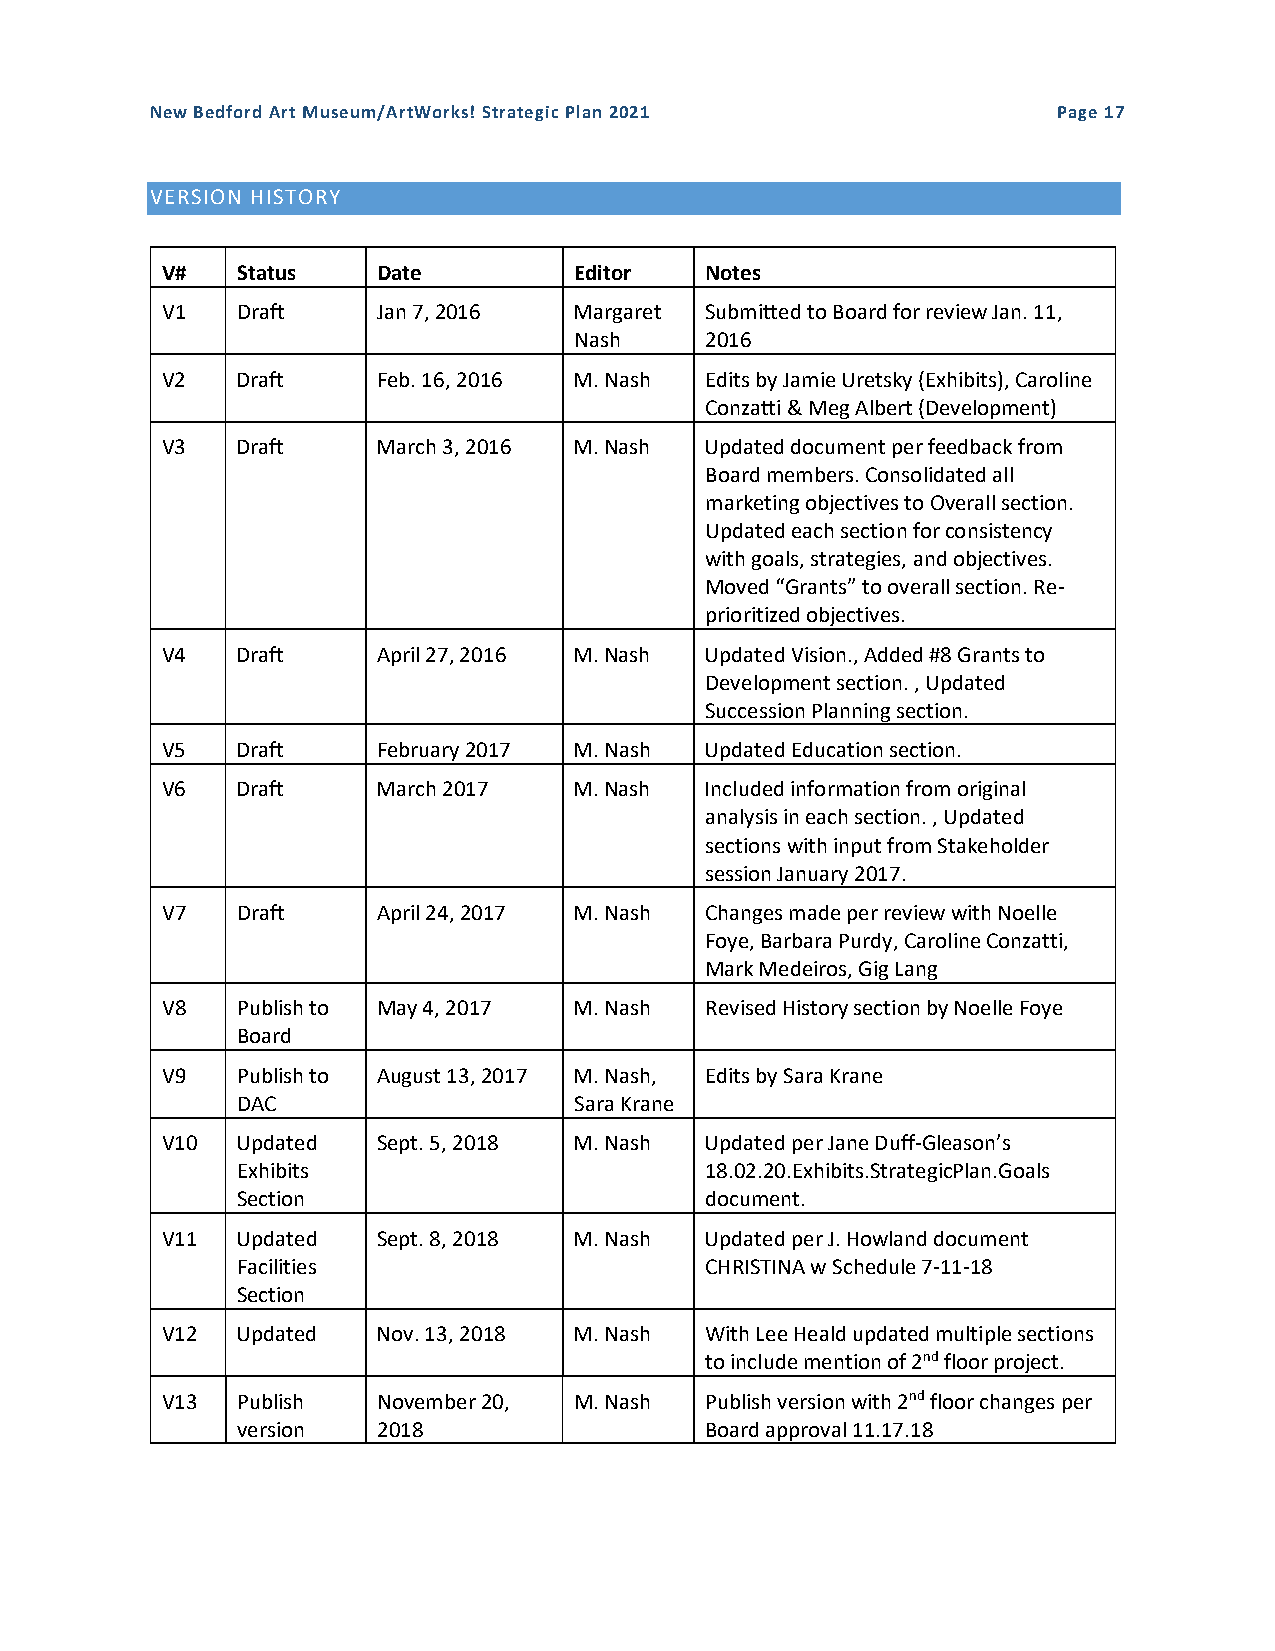
New Bedford Art Museum/ArtWorks! Strategic Plan 2021        Page 17
 VERSION HISTORY
 V#   Status   Date         Editor   Notes
 V1   Draft    Jan 7, 2016  Margaret Submitted to Board for review Jan. 11,
 Nash     2016
 V2   Draft    Feb. 16, 2016 M. Nash Edits by Jamie Uretsky (Exhibits), Caroline
 Conzatti & Meg Albert (Development)
 V3   Draft    March 3, 2016 M. Nash Updated document per feedback from
 Board members. Consolidated all
 marketing objectives to Overall section.
 Updated each section for consistency
 with goals, strategies, and objectives.
 Moved “Grants” to overall section. Re-
 prioritized objectives.
 V4   Draft    April 27, 2016 M. Nash Updated Vision., Added #8 Grants to
 Development section. , Updated
 Succession Planning section.
 V5   Draft    February 2017 M. Nash Updated Education section.
 V6   Draft    March 2017   M. Nash  Included information from original
 analysis in each section. , Updated
 sections with input from Stakeholder
 session January 2017.
 V7   Draft    April 24, 2017 M. Nash Changes made per review with Noelle
 Foye, Barbara Purdy, Caroline Conzatti,
 Mark Medeiros, Gig Lang
 V8   Publish to May 4, 2017 M. Nash Revised History section by Noelle Foye
 Board
 V9   Publish to August 13, 2017 M. Nash, Edits by Sara Krane
 DAC                   Sara Krane
 V10  Updated  Sept. 5, 2018 M. Nash Updated per Jane Duff-Gleason’s
 Exhibits                       18.02.20.Exhibits.StrategicPlan.Goals
 Section                        document.
 V11  Updated  Sept. 8, 2018 M. Nash Updated per J. Howland document
 Facilities                     CHRISTINA w Schedule 7-11-18
 Section
 V12  Updated  Nov. 13, 2018 M. Nash With Lee Heald updated multiple sections
 to include mention of 2nd floor project.
 V13  Publish  November 20, M. Nash  Publish version with 2nd floor changes per
 version  2018                  Board approval 11.17.18